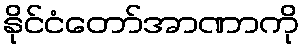
နိုင်ငံတော်အာဏာကို